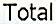
TOTAL